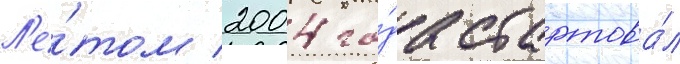
Л'е́том 2004 го́да стартова́л